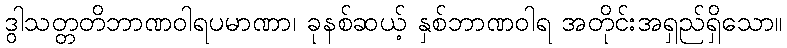
ဒွါသတ္တတိဘာဏဝါရပမာဏာ၊ ခုနစ်ဆယ့် နှစ်ဘာဏဝါရ အတိုင်းအရှည်ရှိသော။